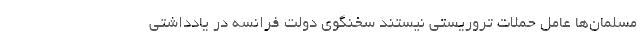
مسلمان‌ها عامل حملات تروریستی نیستند سخنگوی دولت فرانسه در یادداشتی